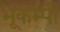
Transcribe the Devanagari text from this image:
भूकम्पी